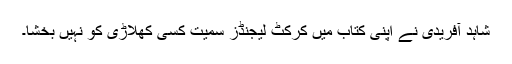
شاہد آفریدی نے اپنی کتاب میں کرکٹ لیجنڈز سمیت کسی کھلاڑی کو نہیں بخشا۔